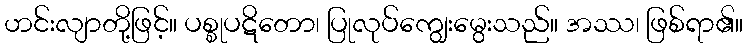
ဟင်းလျာတို့ဖြင့်။ ပစ္စုပဋိတော၊ ပြုလုပ်ကျွေးမွေးသည်။ အဿ၊ ဖြစ်ရာ၏။